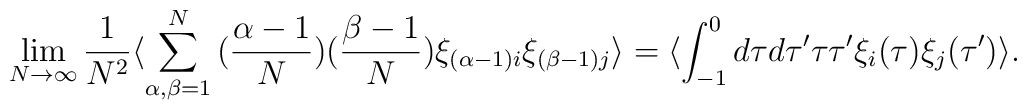
\lim_{N \rightarrow \infty}  \frac{1}{N^2} \langle \sum_{\alpha,\beta=1}^{N}\big(\frac{\alpha-1}{N}\big) \big(\frac{\beta-1}{N}\big)\xi_{(\alpha-1) i} \xi_{(\beta-1) j} \rangle =\langle \int_{-1}^0 d\tau d\tau' \tau \tau' \xi_i(\tau) \xi_j(\tau') \rangle.